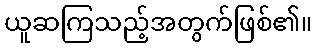
ယူဆကြသည့်အတွက်ဖြစ်၏။